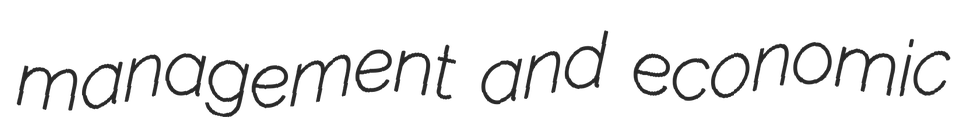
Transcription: management and economic